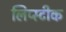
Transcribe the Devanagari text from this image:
लिप्स्टीक